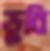
ডুবি